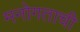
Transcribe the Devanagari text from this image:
मनोगताची